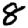
Digit: 8